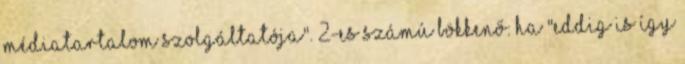
médiatartalom szolgáltatója". 2-es számú bökkenő: Ha "eddig is így